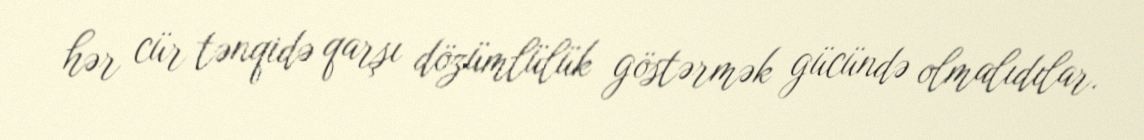
hər cür tənqidə qarşı dözümlülük göstərmək gücündə olmalıdılar.